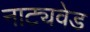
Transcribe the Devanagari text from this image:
नाट्यवेड